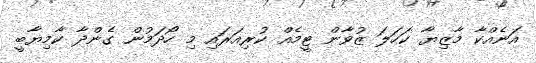
އަނެއްކާ މާޒިޔާ ކަހަލަ ޒުވާން ޓީމެއް ކުރިއަރައި މި ހޯދަމުން ގެންދާ ކާމިޔާބީ